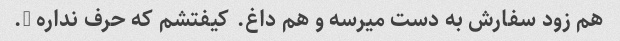
هم زود سفارش به دست میرسه و هم داغ. کیفتشم که حرف نداره ….